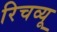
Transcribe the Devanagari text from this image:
रिचव्यू